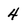
Character: 4